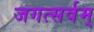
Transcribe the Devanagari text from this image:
जगत्सर्वम्